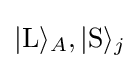
|\mathrm {L} \rangle _{A},|\mathrm {S} \rangle _{j}